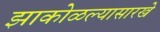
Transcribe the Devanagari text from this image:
झाकोळल्यासारखे